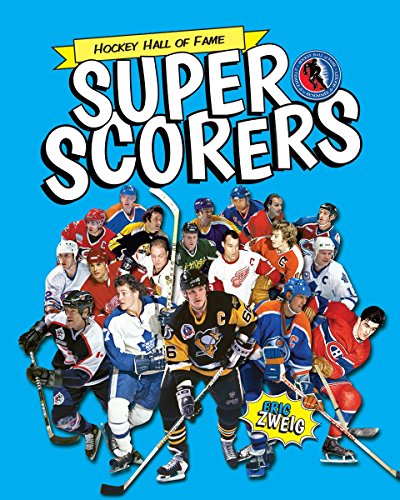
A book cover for Super Scorers (Hockey Hall of Fame Kids); Eric Zweig; Children's Books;